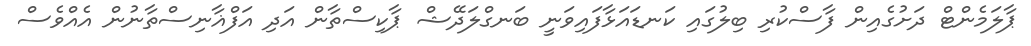
ޕާލަމެންޓް ދަށުގެއިން ފާސްކުރި ބިލުގައި ކަނޑައަޅާފައިވަނީ ބަނގްލަދޭޝް ޕާކިސްތާން އަދި އަފްޣާނިސްތާނުން އެއްވެސް